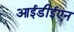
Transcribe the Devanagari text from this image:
आईडीईएन